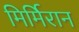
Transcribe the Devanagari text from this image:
मिर्मिरान